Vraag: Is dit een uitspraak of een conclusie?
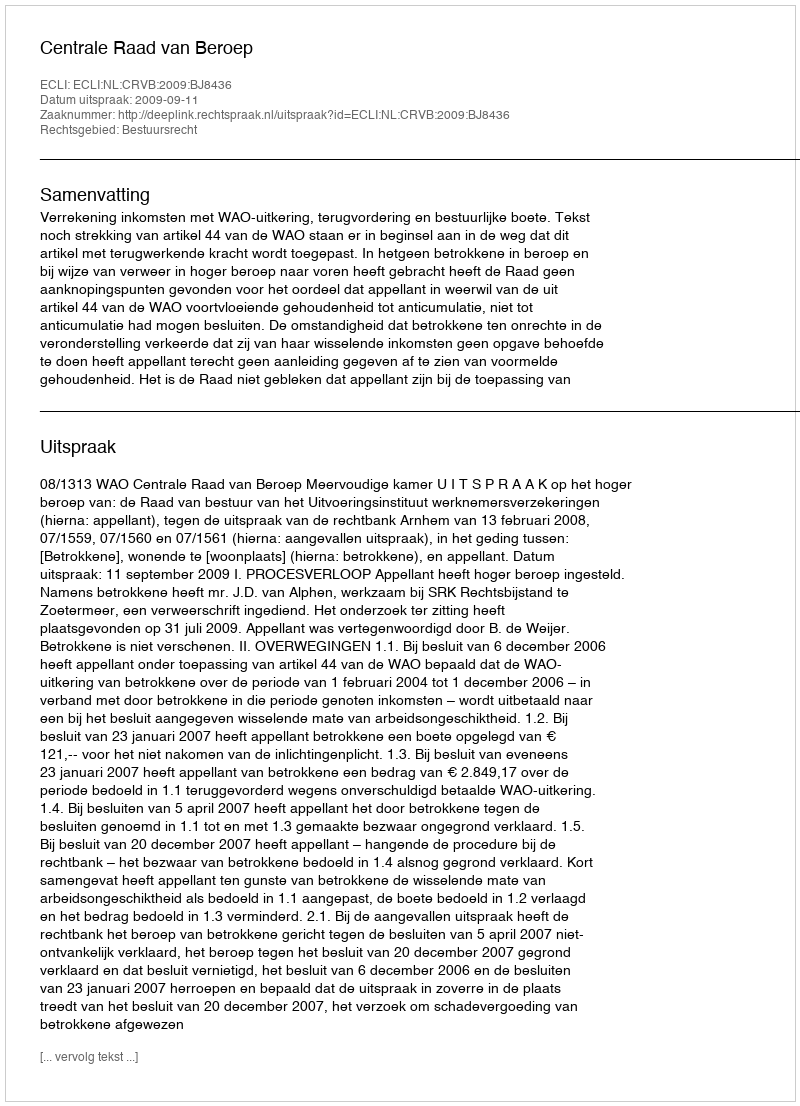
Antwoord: Uitspraak